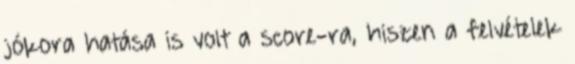
jókora hatása is volt a score-ra, hiszen a felvételek